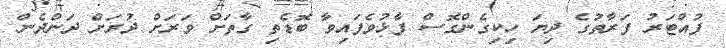
ފުއްޓަރު ފަރާތުގެ ދިޔަ ހިކިގެންގޮސް ފާޅުވެފައިވާ ބޮޑެތި ގާތަށް ވަރަށް ދުރަށް ދަންދެން